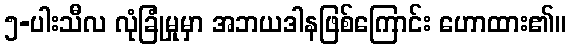
၅-ပါးသီလ လုံခြုံမှုမှာ အဘယဒါနဖြစ်ကြောင်း ဟောထား၏။